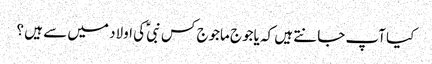
کیا آپ جانتے ہیں کہ یاجوج ماجوج کس نبیؑ کی اولاد میں سے ہیں ؟